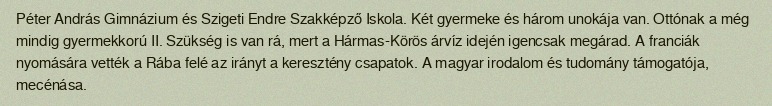
Péter András Gimnázium és Szigeti Endre Szakképző Iskola. Két gyermeke és három unokája van. Ottónak a még mindig gyermekkorú II. Szükség is van rá, mert a Hármas-Körös árvíz idején igencsak megárad. A franciák nyomására vették a Rába felé az irányt a keresztény csapatok. A magyar irodalom és tudomány támogatója, mecénása.